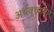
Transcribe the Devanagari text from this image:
अर्थवृत्ताकार